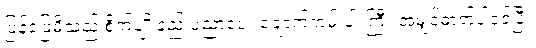
ပြန်ဖြေမိသည် စိုက်ပျိုးနည်းပညာပေး ချောက်ကမ်းပါးကြီး အမျှင်ဓာတ်ပါဝင်ပြီး